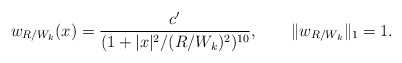
\begin{align*} w_{R/W_k}(x)=\frac{c'}{(1+|x|^2/(R/W_k)^2)^{10}},\qquad\|w_{R/W_k}\|_1=1. \end{align*}